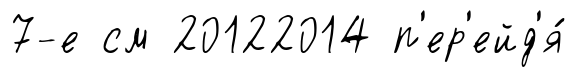
7-е см 20122014 п'ер'ейд'я́